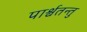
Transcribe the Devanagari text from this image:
पार्श्वतन्तु